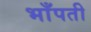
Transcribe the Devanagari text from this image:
भाँपती